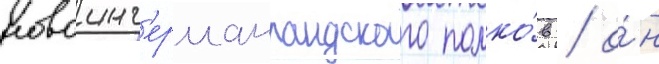
новоинг'ерманландского полко́в / о́н